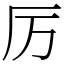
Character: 厉